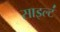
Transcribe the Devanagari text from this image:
साइल्ट॑